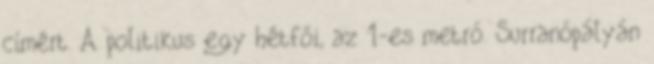
címért. A politikus egy hétfői, az 1-es metró. Surranópályán